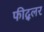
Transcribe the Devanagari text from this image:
फीद्लर